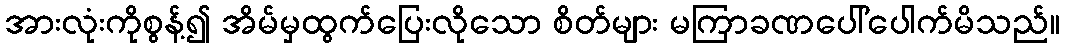
အားလုံးကိုစွန့်၍ အိမ်မှထွက်ပြေးလိုသော စိတ်များ မကြာခဏပေါ်ပေါက်မိသည်။